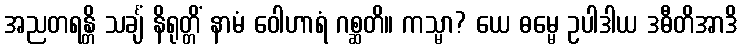
အညတရန္တိ သင်္ချံ နိရုတ္တိံ နာမံ ဝေါဟာရံ ဂစ္ဆတိ။ ကသ္မာ? ယေ ဓမ္မေ ဥပါဒါယ ဒဓီတိအာဒိ